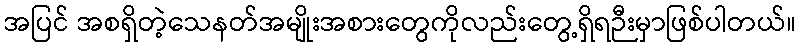
အပြင် အစရှိတဲ့သေနတ်အမျိုးအစားတွေကိုလည်းတွေ့ရှိရဉီးမှာဖြစ်ပါတယ်။